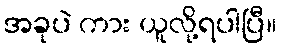
အခုပဲ ကား ယူလို့ရပါပြီ။